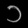
Digit: ၁